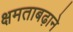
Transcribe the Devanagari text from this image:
क्षमताबढ़ाने